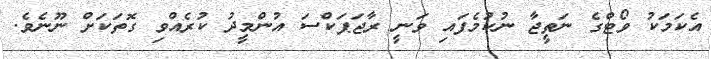
އެކަމަކު ވޯޓްގެ ނަތީޖާ ނުކުމެފައި ވަނީ ރާޖަޕަކްސަ އުންމީދު ކުރެއްވި ގޮތަކަށް ނޫނެވެ.